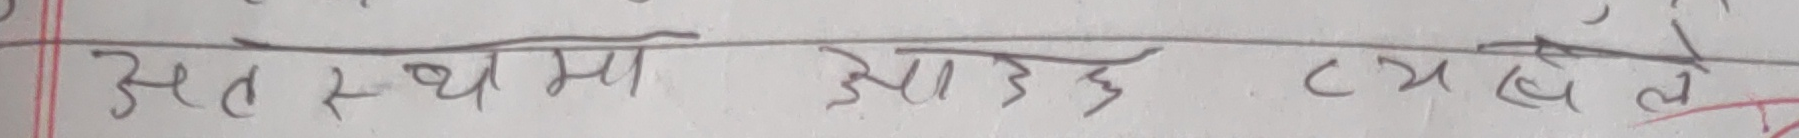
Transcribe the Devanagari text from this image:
अतः स्थामा आयुर् त्यसे ल